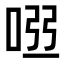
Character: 𠴀